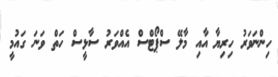
ހިންނަވަރު ހިރިޔާ އާއި މާލޭ ސްޕޯޓްސް އެއްވަރު ސާޅީސް ހަތް ވަނަ ގައުމީ